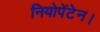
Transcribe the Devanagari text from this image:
नियोपेंटेन।